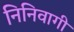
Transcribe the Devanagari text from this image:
निनिवागी